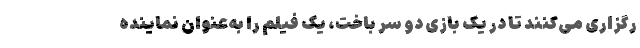
رگزاری می‌کنند تا در یک بازی دو سر باخت، یک فیلم را به‌عنوان نماینده